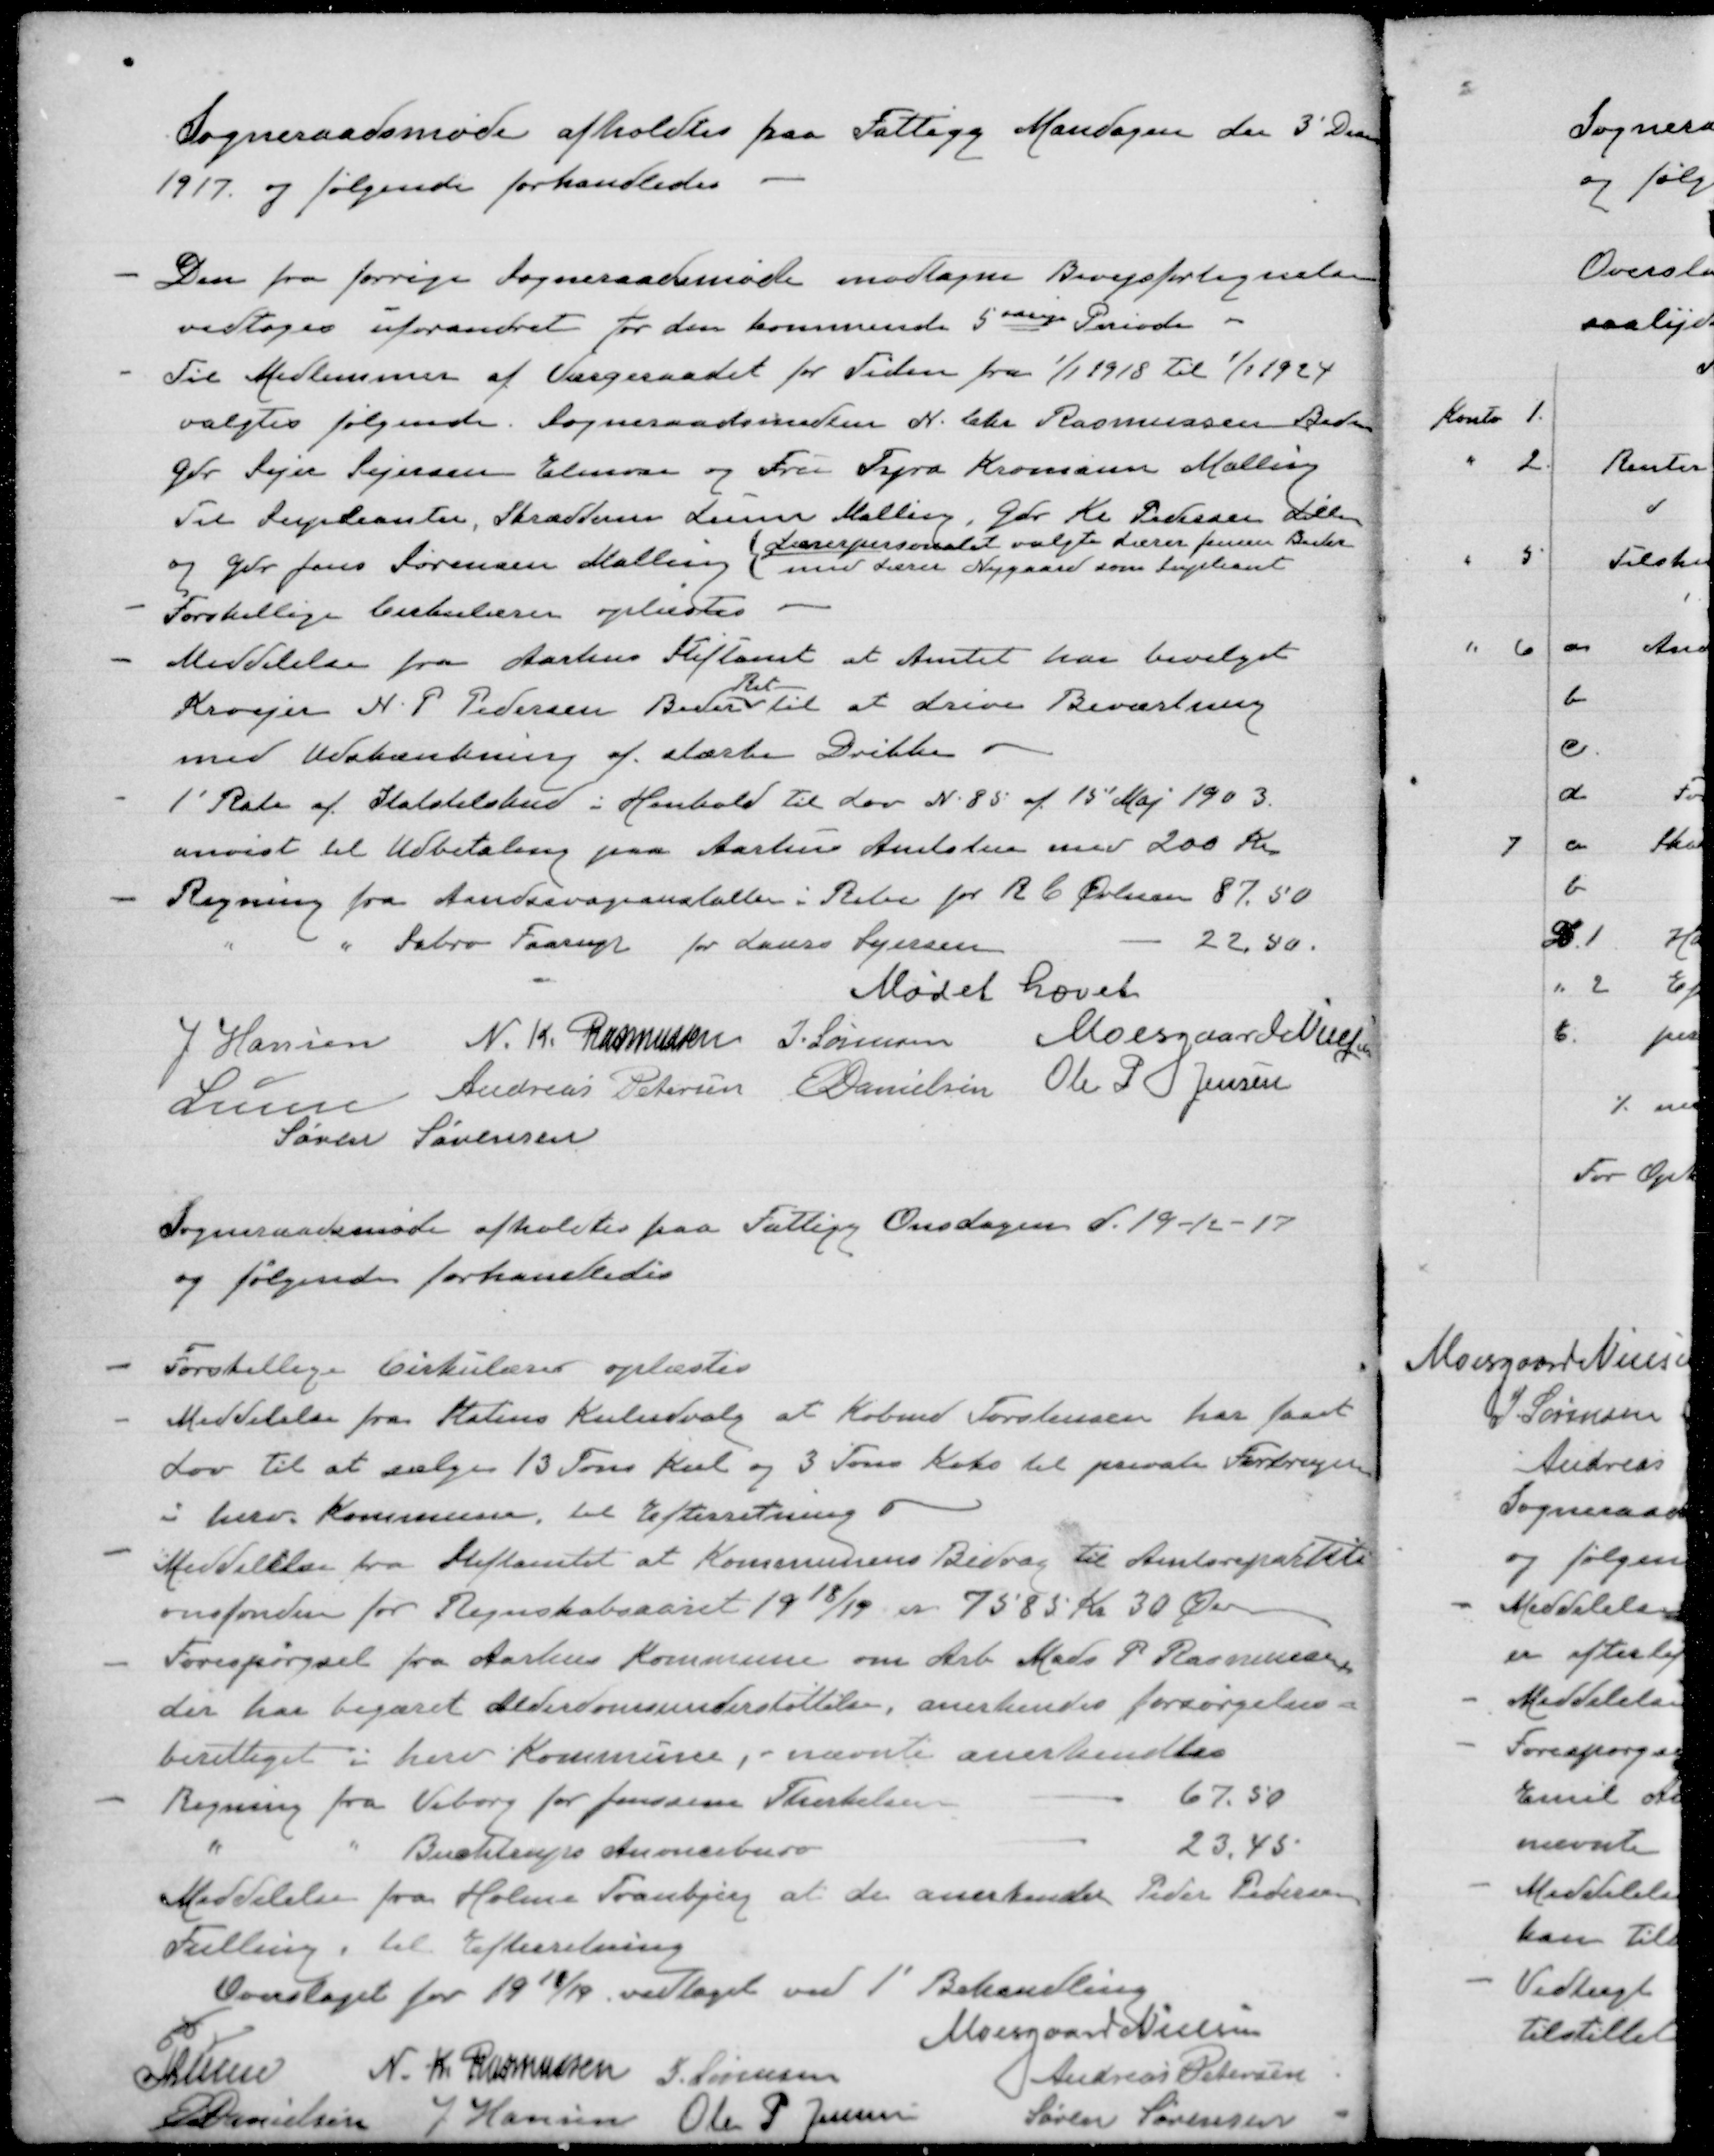
Transskription:
Sogneraadsmøde afholdtes paa Fattigg Mandagen den 3' Decem
1917 og følgende forhandledes
Den fra forrige Sogneraadsmøde modtagne Bivejsfortegnelse
vedtages uforandret for den kommende 5 aarige Periode -
Til Medlemmer af Værgeraadet for Tiden fra 1/1 1918 til 1/1 1924
valgtes følgende Sogneradsmedlem N. Chr Rasmussen Beder
Gdr. Sejer Sejersen Elmose og Fru Tyra Kromann Malling
Til Supleanter, Skrædderm Lunn Malling, Gdr K Pedersen Lillen
og Gdr Jens Sørensen Malling
Lærerpersonalet valgte Lærer Jensen Beder
med Lærer Nygaard som Supleant
Forskellige Cirkulærer oplæstes
Meddelelse fra Aarhus Stiftamt at Amtet har bevilget
Kroejer N.P. Pedersen Beder
Ret
Til at drive Beværtning
med udskænkning af stærke Drikke
1' Rate af Statstilskud i Henhold til Lov N. 85 af 15' Maj 1903.
anvist til Udbetaling paa Aarhus Amtstue med 200 Kr
Regning fra Aandssvageanstalten i Ribe for R C Øvlesen 87,50
 " " Sabro Faarup for Laurs Sejersen
22,50.
Mødet hævet

J Hansen N. K. Rasmussen J. Sørensen Moesgaard NIelsen
Lunn Andreas Petersen E. Danielsen Ole P Jensen
Søren Sørensen
Sogneraadsmøde afholdtes paa Fattigg Onsdagen d. 19-12-17
og følgende forhandledes

Forskellige Cirkulærer oplæstes
Meddelelse fra Statens Kuludvalg at Købm Torstensen har faaet
Lov til at sælge 13 Tons Kul og 3 Tons Koks til private Forbrugere
i herv. Kommune til Efterretning.
Meddelelse fra Stiftsamtet at Kommunens Bidrag til Amtsrepartiti
onsfonden for Regnskabsaaret 1918/19 er 7585 Kr 30 Øre
Forespørgsel fra Aarhus Kommune om Arb Mads P Rasmussen
der har begæret Alderdomsunderstøttelse, anerkendes forsørgelses-
berettiget i herv Kommune, - nævnte anerkendtes.
Regning fra Viborg for Jenssine Therkelsen
67,50
"
"
Buchtrups Anonceburo
23,45
Meddelelse fra Holme Tranbjerg at de anerkender Peder Pedersen
Falling, til Efterretning
Overslaget for 1918/19 vedtaget ved 1. Behandling
Moesgaard Nielsen
Lunn N: K. Rasmussen S Sørensen
Andreas Petersen
E Danielsen
J Hansen Ole P Jensen
Søren Sørensen